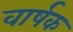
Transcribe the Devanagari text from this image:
वार्षक